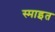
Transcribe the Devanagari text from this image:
स्माइत